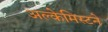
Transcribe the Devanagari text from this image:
अल्केमिस्टने